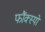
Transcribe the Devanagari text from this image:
फौंक्स्यों